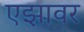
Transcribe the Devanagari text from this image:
एझावर